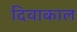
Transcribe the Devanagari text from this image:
दिवाकाल